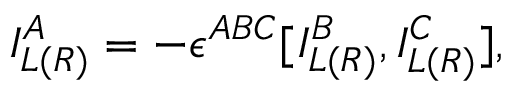
I _ { L ( R ) } ^ { A } = - \epsilon ^ { A B C } [ I _ { L ( R ) } ^ { B } , I _ { L ( R ) } ^ { C } ] ,